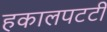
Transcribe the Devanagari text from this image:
हकालपटटी